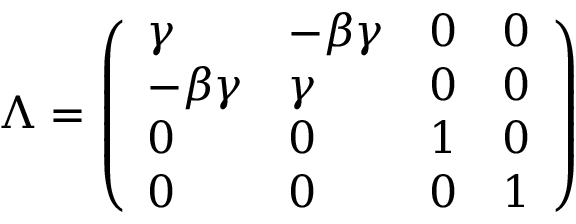
\Lambda = { \left( \begin{array} { l l l l } { \gamma } & { - \beta \gamma } & { 0 } & { 0 } \\ { - \beta \gamma } & { \gamma } & { 0 } & { 0 } \\ { 0 } & { 0 } & { 1 } & { 0 } \\ { 0 } & { 0 } & { 0 } & { 1 } \end{array} \right) }